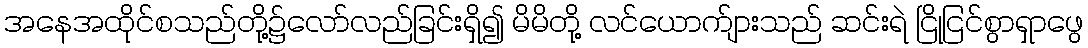
အနေအထိုင်စသည်တို့၌လော်လည်ခြင်းရှိ၍ မိမိတို့ လင်ယောက်ျားသည် ဆင်းရဲ ငြိုငြင်စွာရှာဖွေ